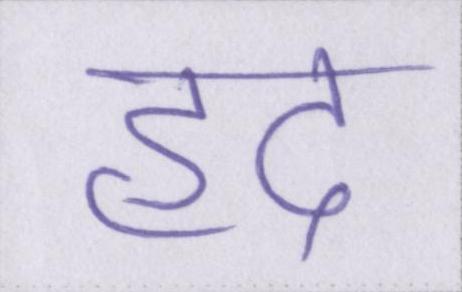
हद